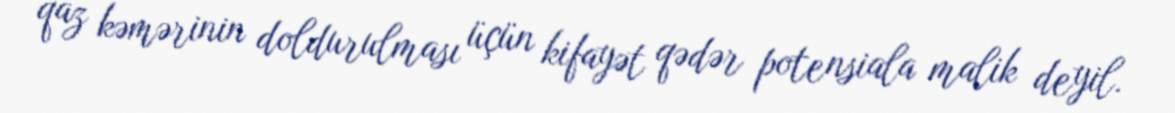
qaz kəmərinin doldurulması üçün kifayət qədər potensiala malik deyil.